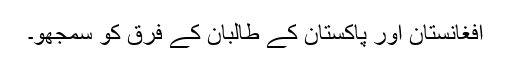
افغانستان اور پاکستان کے طالبان کے فرق کو سمجھو۔